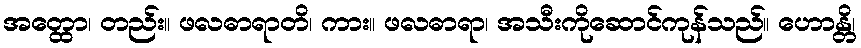
အတ္ထော၊ တည်း။ ဖလဓာရာတိ၊ ကား။ ဖလဓာရာ၊ အသီးကိုဆောင်ကုန်သည်။ ဟောန္တိ၊